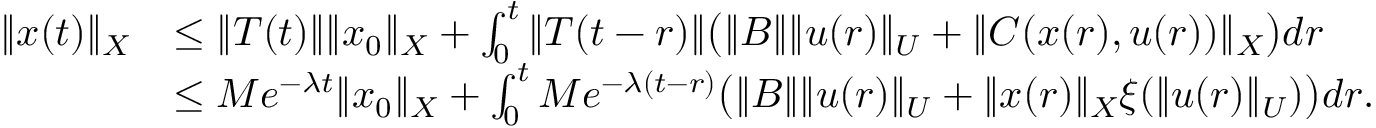
\begin{array} { r l } { \| x ( t ) \| _ { X } } & { \leq \| T ( t ) \| \| x _ { 0 } \| _ { X } + \int _ { 0 } ^ { t } \| T ( t - r ) \| \big ( \| B \| \| u ( r ) \| _ { U } + \| C ( x ( r ) , u ( r ) ) \| _ { X } \big ) d r } \\ & { \leq M e ^ { - \lambda t } \| x _ { 0 } \| _ { X } + \int _ { 0 } ^ { t } M e ^ { - \lambda ( t - r ) } \big ( \| B \| \| u ( r ) \| _ { U } + \| x ( r ) \| _ { X } \xi ( \| u ( r ) \| _ { U } ) \big ) d r . } \end{array}